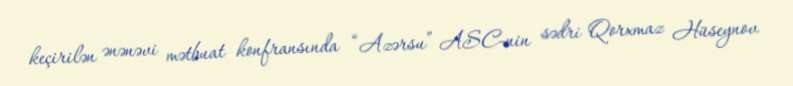
keçirilən ənənəvi mətbuat konfransında “Azərsu” ASC-nin sədri Qorxmaz Hüseynov